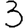
Digit: 3